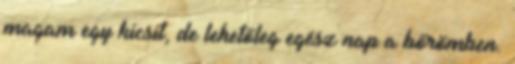
magam egy kicsit, de lehetőleg egész nap a bőrömben.